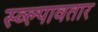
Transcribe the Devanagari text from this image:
स्व्ल्पावतार